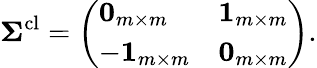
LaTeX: \boldsymbol{\Sigma}^{\mathrm{cl}}=\left(\begin{array}{ll}{\boldsymbol{0}_{m\times m}}&{\boldsymbol{1}_{m\times m}}\\ {-\boldsymbol{1}_{m\times m}}&{\boldsymbol{0}_{m\times m}}\end{array}\right).